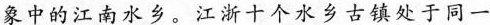
象中的江南水乡。江浙十个水乡古镇处于同一